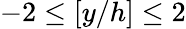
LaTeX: -2\leq[y/h]\leq 2